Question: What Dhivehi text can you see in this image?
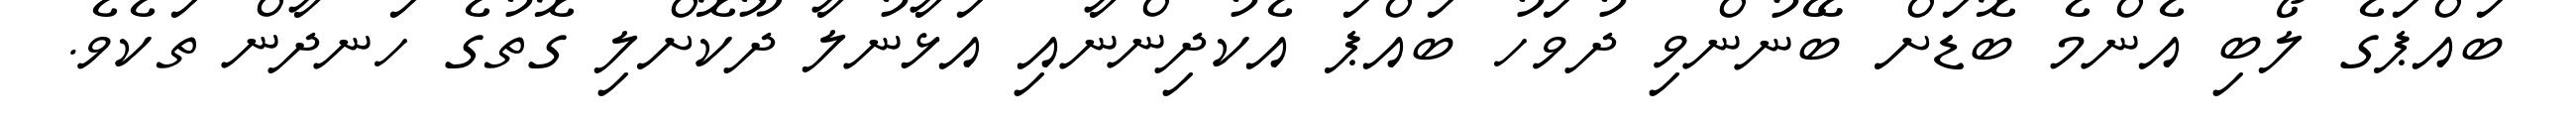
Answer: ބައްޕަގެ ލޯބި އެންމެ ބޮޑަށް ބޭނުންވި ދުވަހު ބައްޕަ އެކުދިންނާއި އަޅާނުލާ ދޫކޮށްލި ގޮތުގެ ހަނދާން ތަކެވެ.